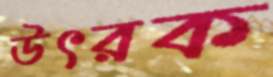
উৎরক